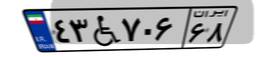
۴۳W۷۰۶۶۸